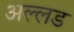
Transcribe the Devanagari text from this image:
अल्लड